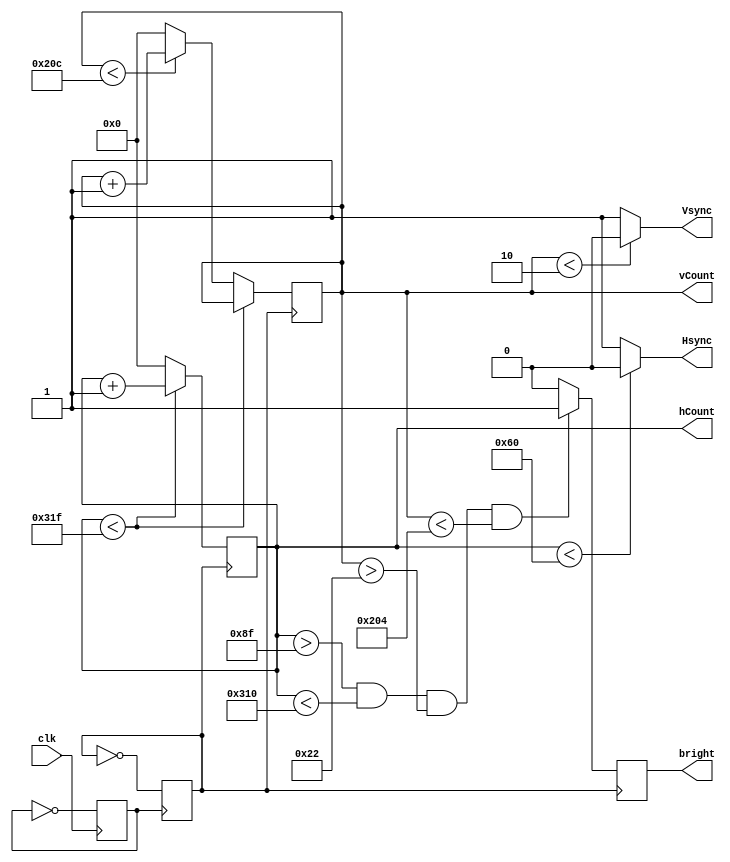
`timescale 1ns / 1ps
//////////////////////////////////////////////////////////////////////////////////
//////////////////////////////////////////////////////////////////////////////////

// DISPLAY UTILITY - DON'T TOUCH!

module display_controller(
    input clk,
    output Hsync, Vsync,
    output reg bright,
    output reg[9:0] hCount,
    output reg [9:0] vCount // Covers 800, width of the screen, because it's 2^10
);

    reg pulse;
    reg clk25;

    initial begin // Set all of them initially to 0
        clk25 = 0;
        pulse = 0;
    end

    always @(posedge clk)
        pulse = ~pulse;
    always @(posedge pulse)
        clk25 = ~clk25;

    always @ (posedge clk25)
        begin
            if (hCount < 10'd799)
                begin
                    hCount <= hCount + 1;
                end
            else if (vCount < 10'd524)
                begin
                    hCount <= 0;
                    vCount <= vCount + 1;
                end
            else
                begin
                    hCount <= 0;
                    vCount <= 0;
                end
        end

    assign Hsync = (hCount < 96) ? 0:1;
    assign Vsync = (vCount < 2) ? 0:1;

    always @(posedge clk25)
        begin
            if(hCount > 10'd143 && hCount < 10'd784 && vCount > 10'd34 && vCount < 10'd516)
                bright <= 1;
            else
                bright <= 0;
        end

endmodule